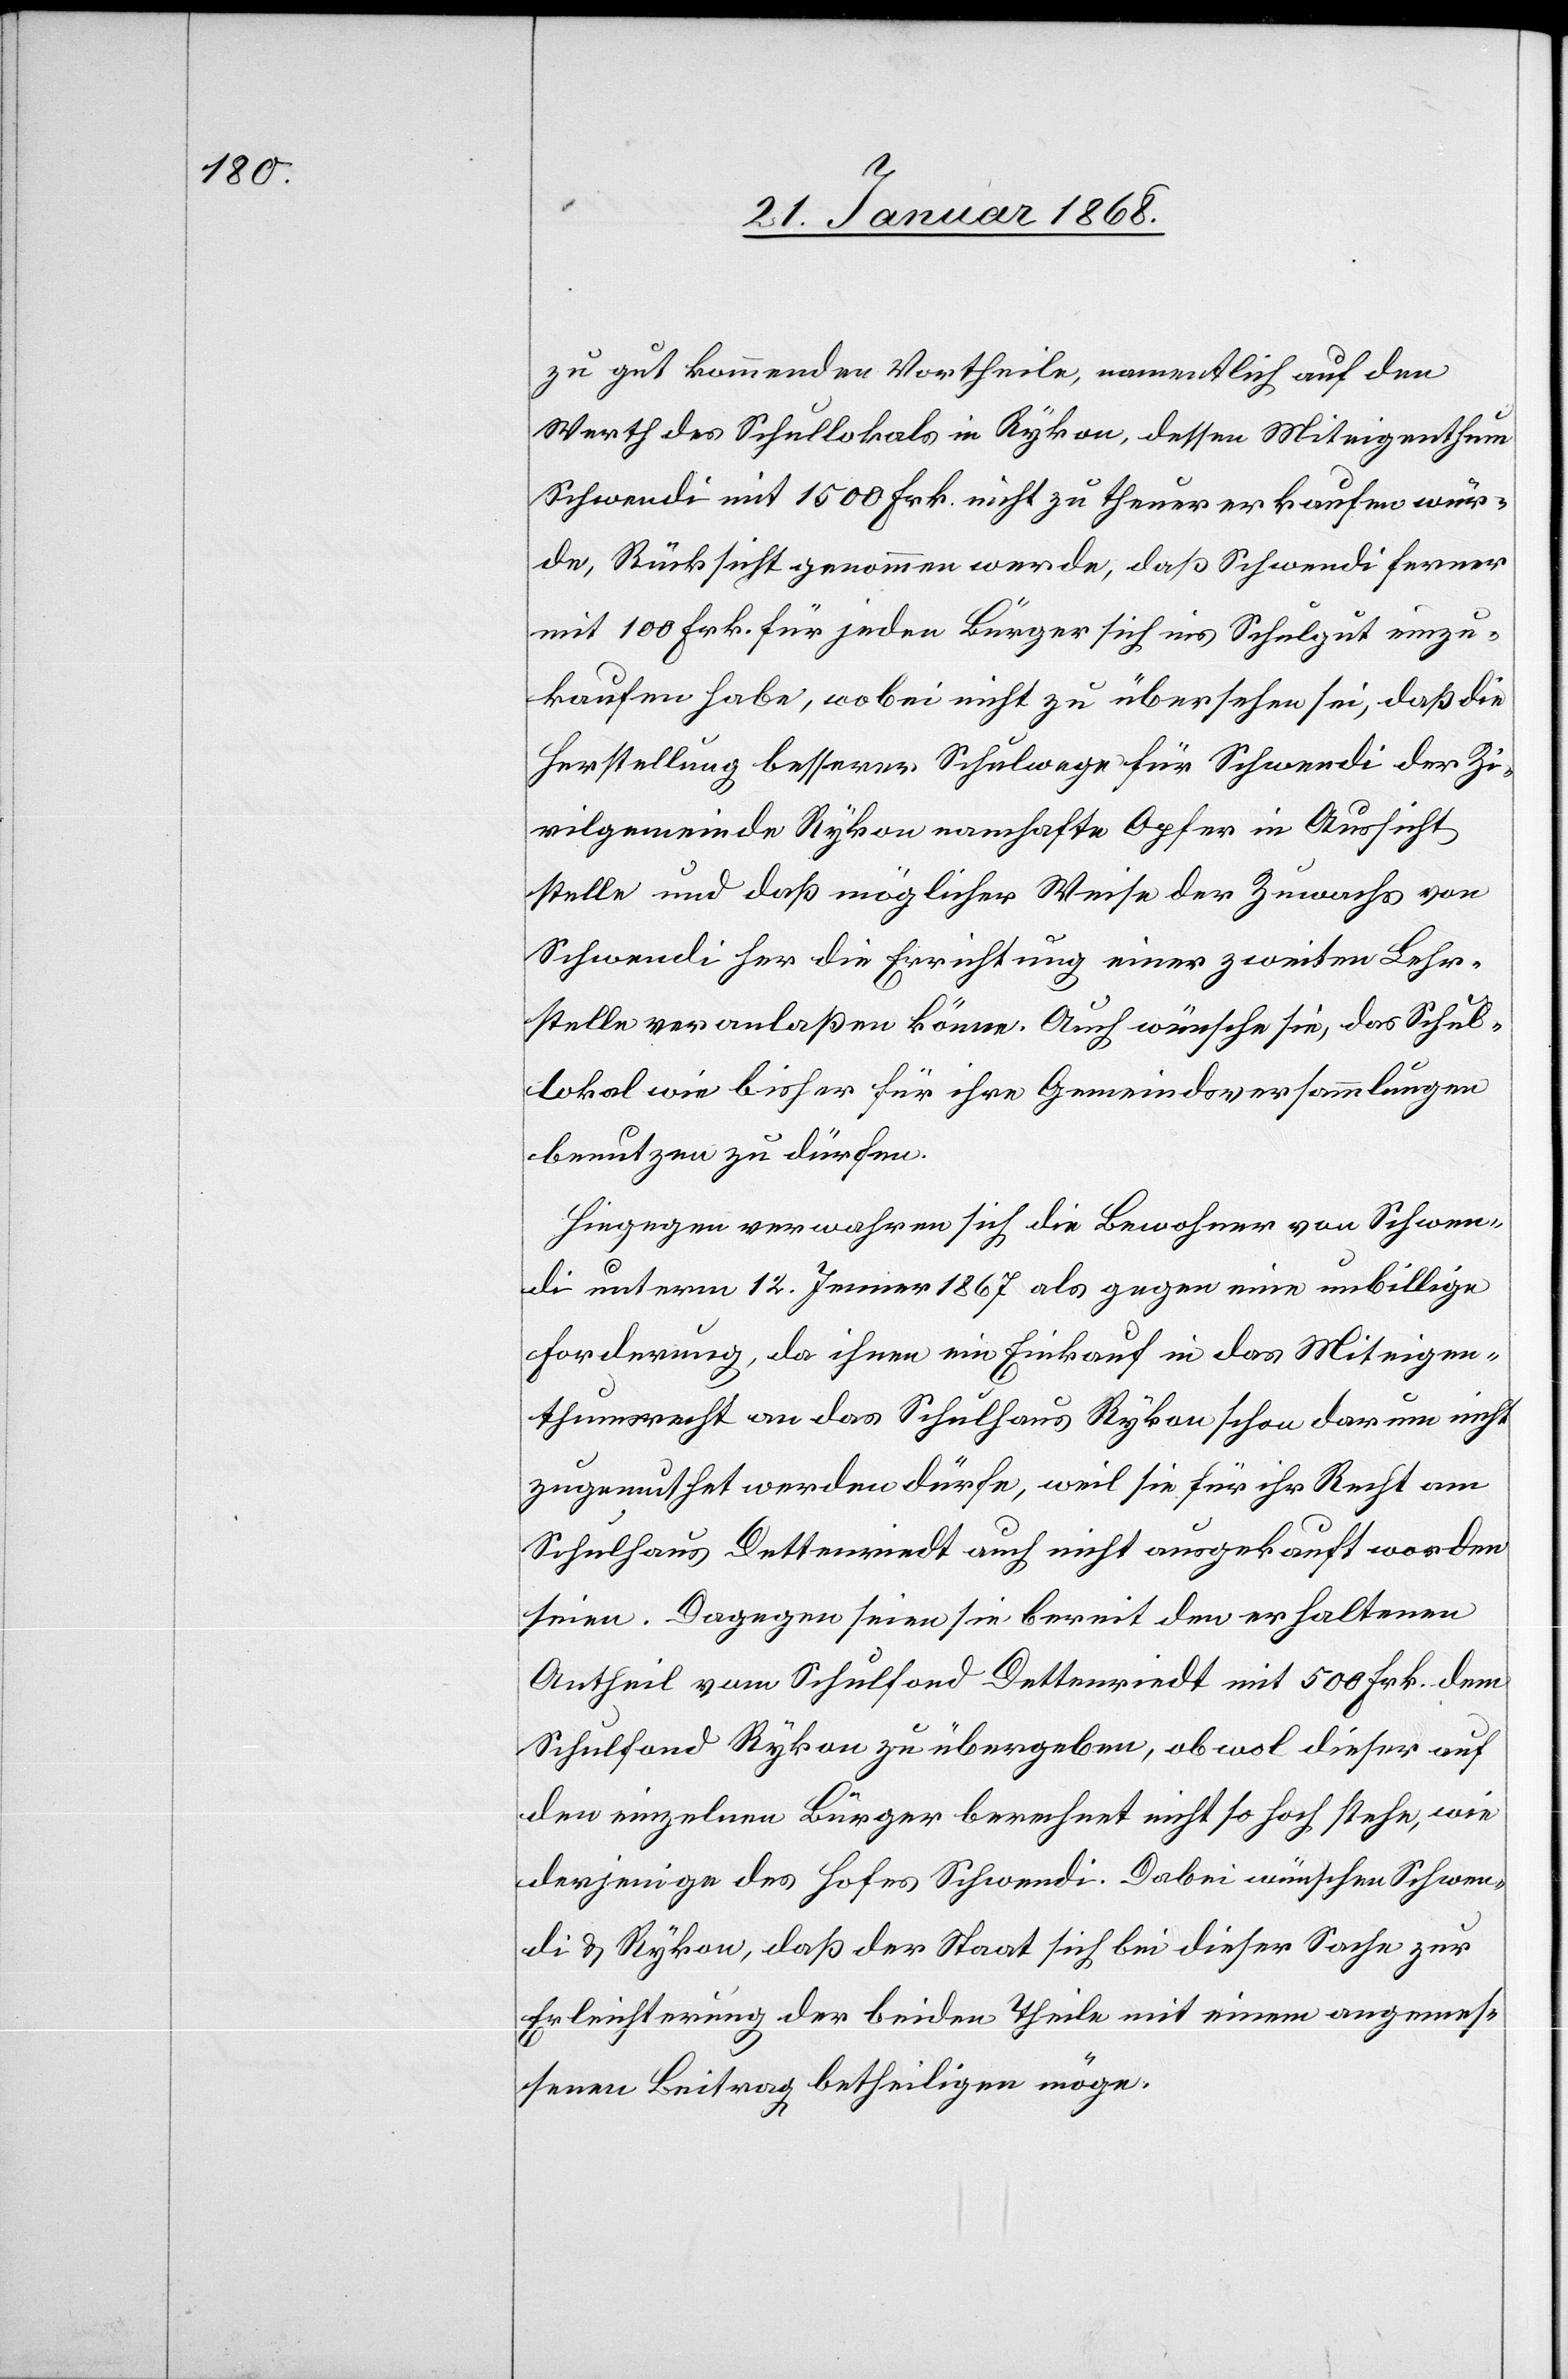
zu gut kommenden Vortheile, namentlich auf den
Werth des Schullokals in Rykon, dessen Miteigenthum
Schwendi mit 1500 Frk. nicht zu theuer erkaufen wür¬
de, Rücksicht genommen werde, daß Schwendi ferner
mit 100 Frk. für jeden Bürger sich ins Schulgut einzu¬
kaufen habe, wobei nicht zu übersehen sei, daß die
Herstellung besserer Schulwege für Schwendi der Zi¬
vilgemeinde Rykon namhafte Opfer in Aussicht
stelle und daß möglicher Weise der Zuwachs von
Schwendi her die Errichtung einer zweiten Lehr¬
stelle veranlaßen könne. Auch wünsche sie, das Schul¬
lokal wie bisher für ihre Gemeindsversammlungen
benutzen zu dürfen.
Hiegegen verwahren sich die Bewohner von Schwen¬
di unterm 12. Jenner 1867 als gegen eine unbillige
Forderung, da ihnen ein Einkauf in das Miteigen¬
thumsrecht an das Schulhaus Rykon schon darum nicht
zugemuthet werden dürfe, weil sie für ihr Recht am
Schulhaus Dettenriedt auch nicht ausgekauft worden
seien. Dagegen seien sie bereit den erhaltenen
Antheil vom Schulfond Dettenriedt mit 500 Frk. dem
Schulfond Rykon zu übergeben, obwol dieser auf
den einzelnen Bürger berechnet nicht so hoch stehe, wie
derjenige des Hofes Schwendi. Dabei wünschen Schwen¬
di & Rykon, daß der Staat sich bei dieser Sache zur
Erleichterung der beiden Theile mit einem angemes¬
senen Beitrag betheiligen möge.